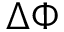
\Delta \Phi